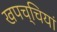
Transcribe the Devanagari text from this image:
खपच्चियां